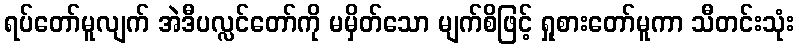
ရပ်တော်မူလျက် အဲဒီပလ္လင်တော်ကို မမှိတ်သော မျက်စိဖြင့် ရှုစားတော်မူကာ သီတင်းသုံး